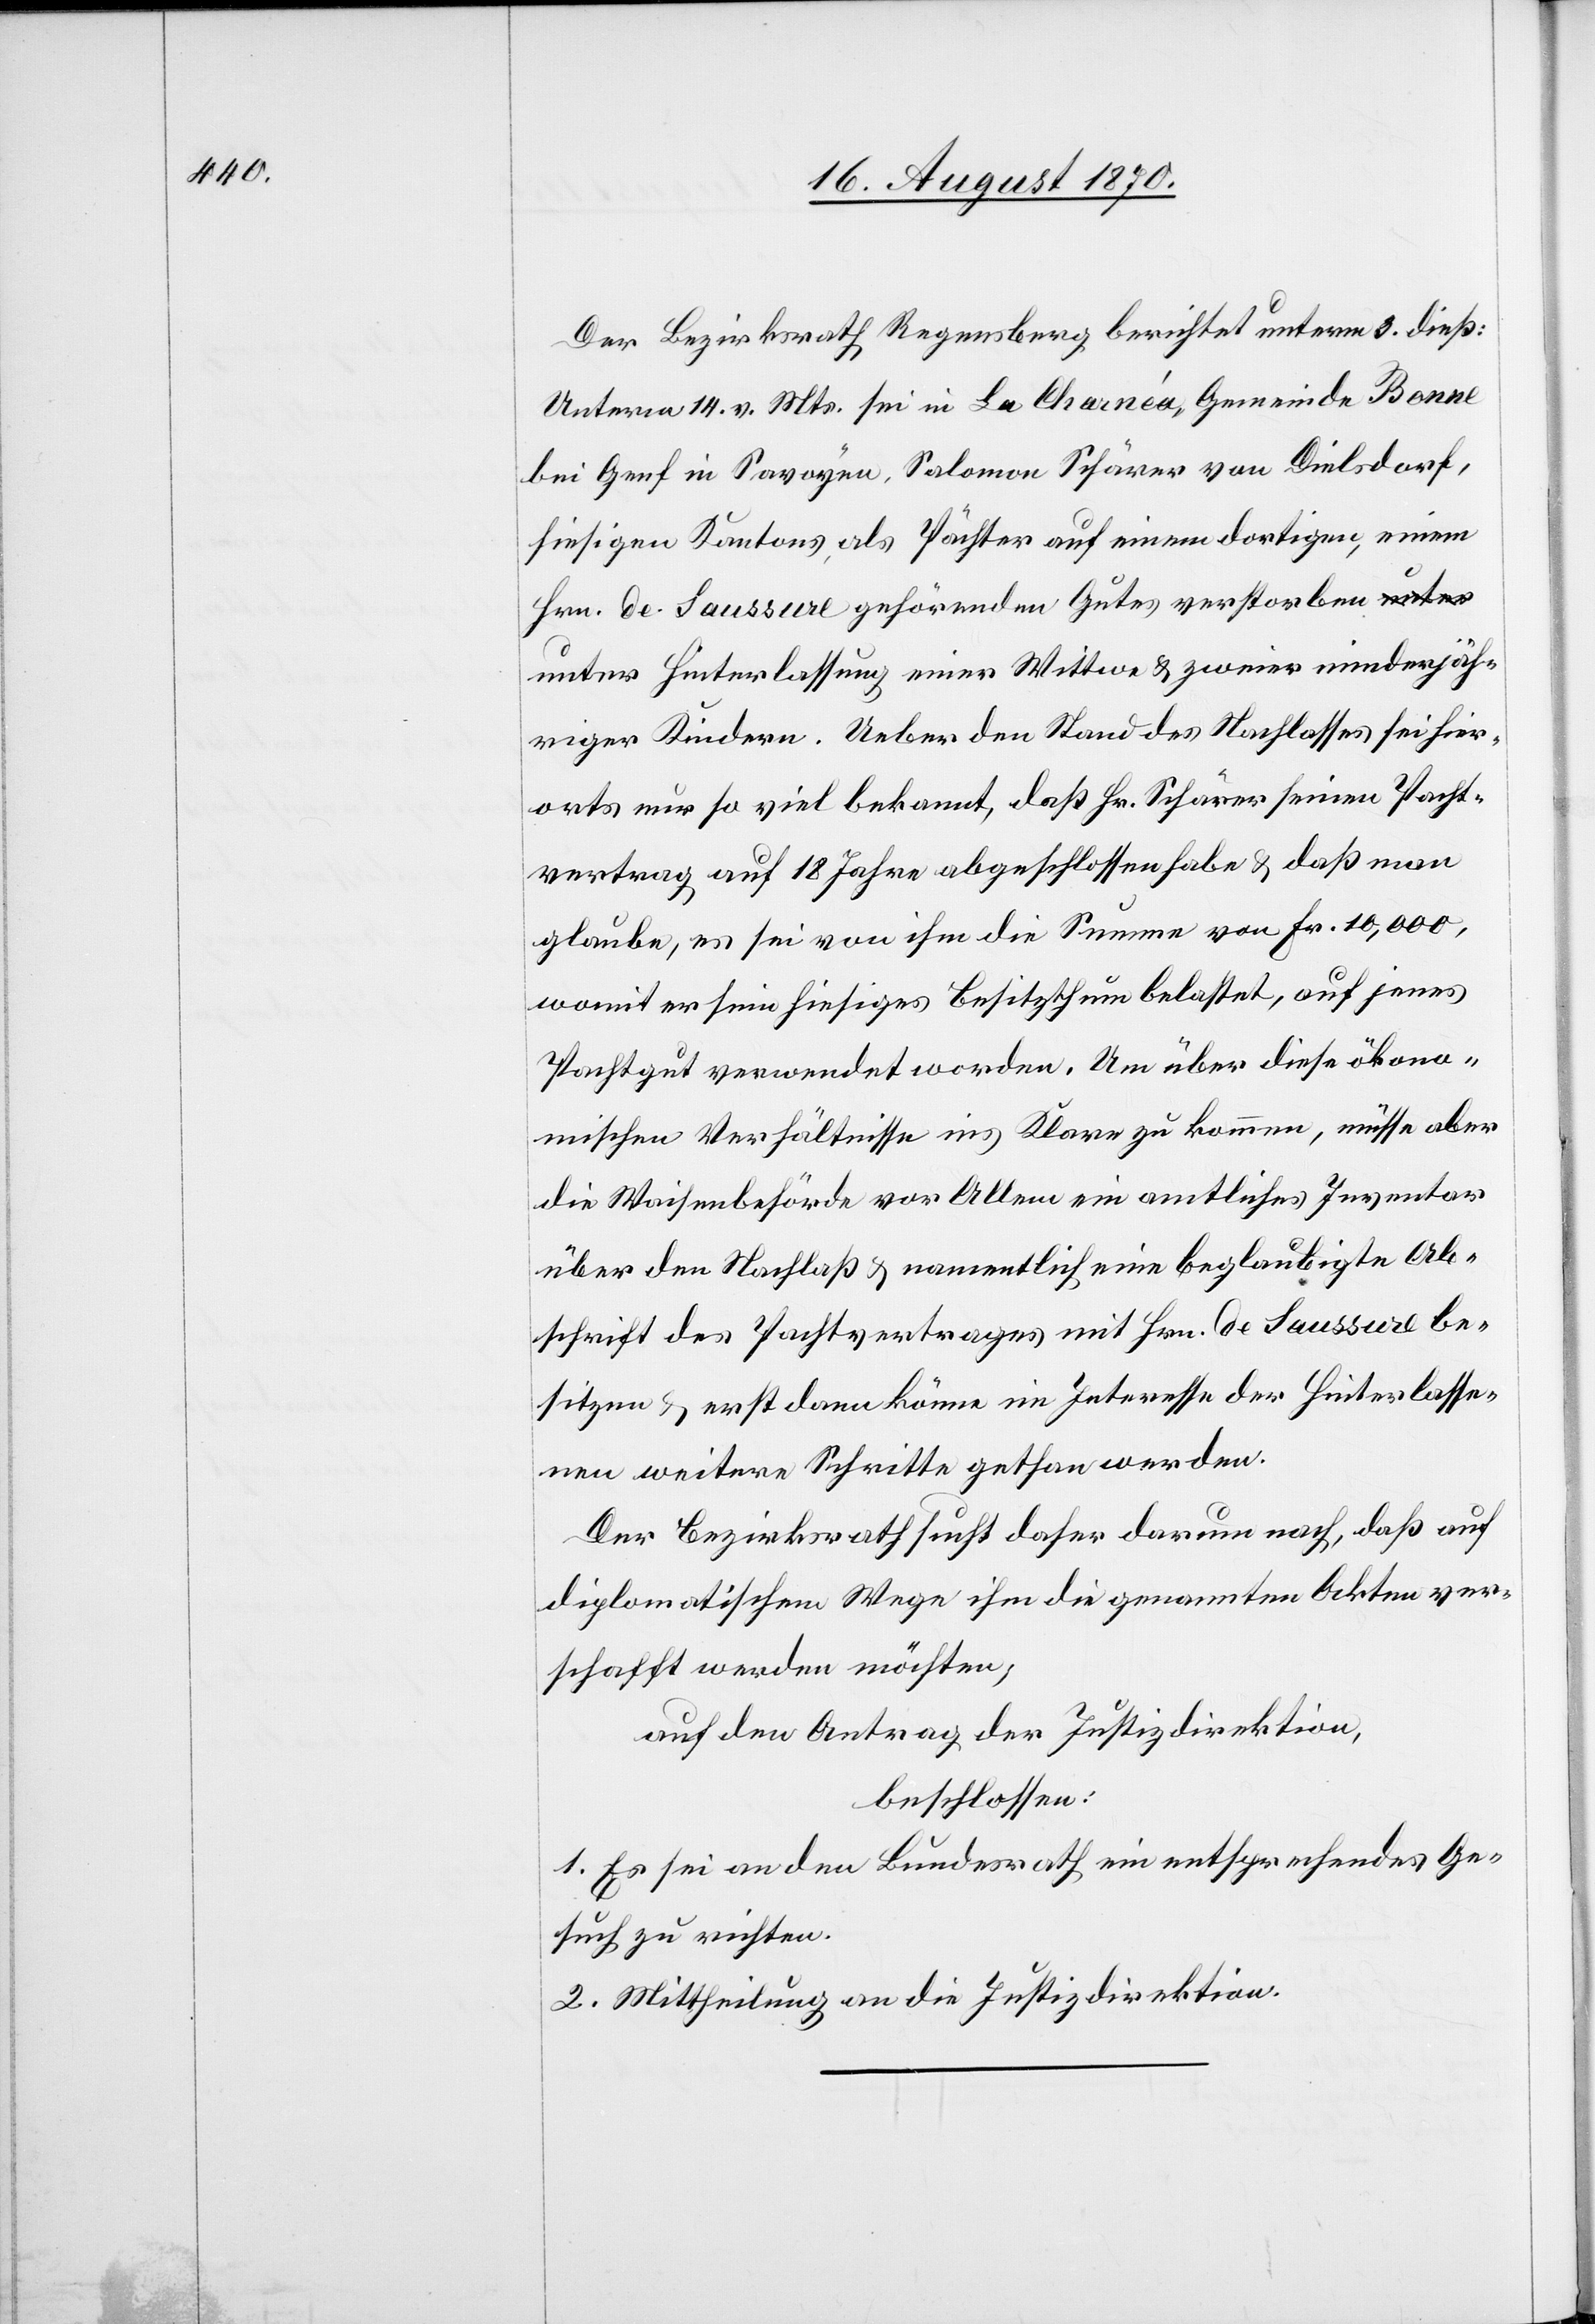
Der Bezirksrath Regensberg berichtet unterm 3. dieß:
Unterm 14. v. Mts. sei in La Charnéa, Gemeinde Bonne
bei Genf in Savoyen, Salomon Schärer von Dielsdorf,
hiesigen Kantons, als Pächter auf einem dortigen, einem
Hrn. de Saussure gehörenden Gutes verstorben
unter Hinterlassung einer Wittwe & zweier minderjäh¬
riger Kindern [sic!]. Ueber den Stand des Nachlasses sei hier¬
orts nur so viel bekannt, daß Hr. Schärer seinen Pacht¬
vertrag auf 18 Jahre abgeschlossen habe & daß man
glaube, es sei von ihm die Summe von Fr. 10,000,
womit er sein hiesiges Besitzthum belastet, auf jenes
Pachtgut verwendet worden. Um über dieses ökono¬
mischen Verhältnisse ins Klare zu kommen, müsse aber
die Waisenbehörde vor Allem ein amtliches Inventar
über den Nachlaß & namentlich eine beglaubigte Ab¬
schrift des Pachtvertrages mit Hrn. de Saussure be¬
sitzen & erst dann könne im Interesse der Hinterlasse¬
nen weitere Schritte gethan werden.
Der Bezirksrath sucht daher darum nach, daß auf
diplomatischem Wege ihm die genannten Akten ver¬
schafft werden möchten;
beschlossen:
1. Es sei an den Bundesrath ein entsprechendes Ge¬
such zu richten.
2. Mittheilung an die Justizdirektion.